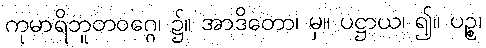
ကုမာရိဘူတဝဂ္ဂေ၊ ၌။ အာဒိတော၊ မှ။ ပဋ္ဌာယ၊ ၍။ ပဉ္စ၊